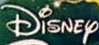
DiSNEy